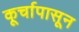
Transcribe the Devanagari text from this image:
कूर्चापासून